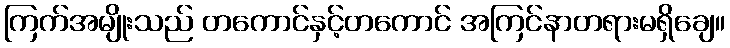
ကြက်အမျိုးသည် တကောင်နှင့်တကောင် အကြင်နာတရားမရှိချေ။